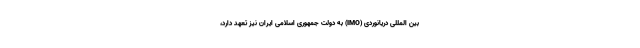
بین المللی دریانوردی (IMO) به دولت جمهوری اسلامی ایران نیز تعهد دارد،